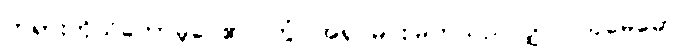
တရားကိုသိတော်မူပေ၏။ တွံ၊ အရှင်မင်းမြတ်သည်လျှင်။ သုမေဓော၊